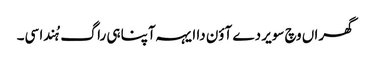
گھراں وچ سویر دے آؤن دا ایہہ آپنا ہی راگ ہُندا سی۔